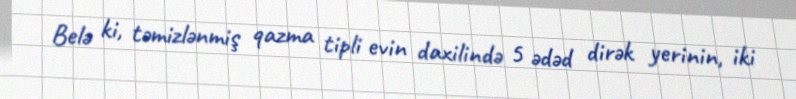
Belə ki, təmizlənmiş qazma tipli evin daxilində 5 ədəd dirək yerinin, iki